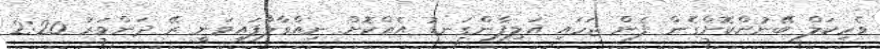
ވެހިކަލް ބޭނުންކޮށްގެން ފެން ޖަހައި އަލިފާންގަނޑު އެއްކޮށް ނިއްވާލާފައިވަނީ ރޭ ދަންވަރު 2:20